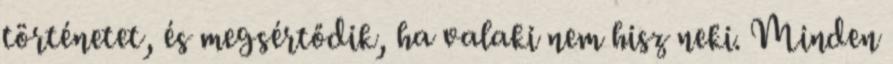
történetet, és megsértődik, ha valaki nem hisz neki. Minden